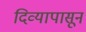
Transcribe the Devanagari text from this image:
दिव्यापासून